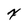
Character: x